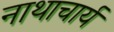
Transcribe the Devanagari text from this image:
नाथाचार्य